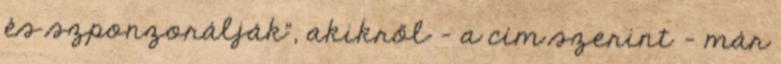
és szponzorálják”, akikről – a cím sze­rint – már